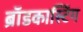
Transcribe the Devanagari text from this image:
ब्राॅडकास्टिंग